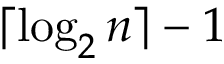
\lceil \log _ { 2 } n \rceil - 1